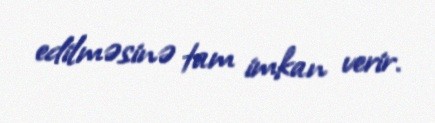
edilməsinə tam imkan verir.